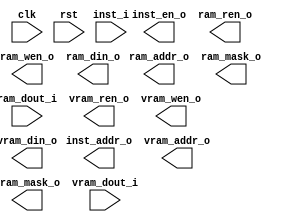

module rvcpu_three_issue #(
    parameter PC_START  = 32'h8000_0000, 
    parameter ISSUE_NUM = 3,
    parameter INST_DW   = 32,
    parameter INST_AW   = 32,
    parameter MEM_DW    = 32,
    parameter MEM_AW    = 32,
    parameter RAM_DW    = 32,
    parameter RAM_AW    = 32,
    parameter REG_DW    = 32,
    parameter REG_AW    = 5,
    parameter ALUOP_DW  = 5,

    parameter SEW       = 32, 
    parameter VLMAX     = 8,
    parameter VALUOP_DW = 5,
    parameter VREG_DW   = 256,
    parameter VREG_AW   = 5,
    parameter VMEM_DW   = 256,
    parameter VMEM_AW   = 32,
    parameter VRAM_DW   = 256,
    parameter VRAM_AW   = 32
)(
    input                           clk,
    input                           rst,

    output                          inst_en_o,
    output  [INST_AW-1:0]           inst_addr_o,
    input   [INST_DW*ISSUE_NUM-1:0] inst_i,

    output                          ram_ren_o,
    output                          ram_wen_o,
    output  [RAM_AW-1:0]            ram_addr_o,
    output  [RAM_DW-1:0]            ram_mask_o,
    output  [RAM_DW-1:0]            ram_din_o,
    input   [RAM_DW-1:0]            ram_dout_i,

    output                          vram_ren_o,
    output                          vram_wen_o,
    output  [VRAM_AW-1:0]           vram_addr_o,
    output  [VRAM_DW-1:0]           vram_mask_o,
    output  [VRAM_DW-1:0]           vram_din_o,
    input   [VRAM_DW-1:0]           vram_dout_i
);


endmodule